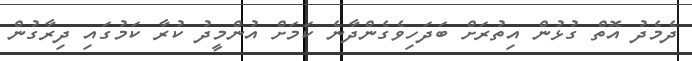
ދެމެދު އޮތް ގުޅުން އިތުރަށް ބަދަހިވެގެންދާނެ ކަމަށް އުންމީދު ކުރާ ކަމުގައި ދިރާގުން